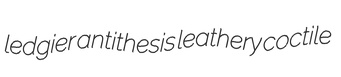
ledgier antithesis leathery coctile